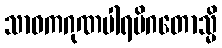
သာဝကဂုဏပါရမိဂတောသ္မိ